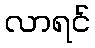
လာရင်